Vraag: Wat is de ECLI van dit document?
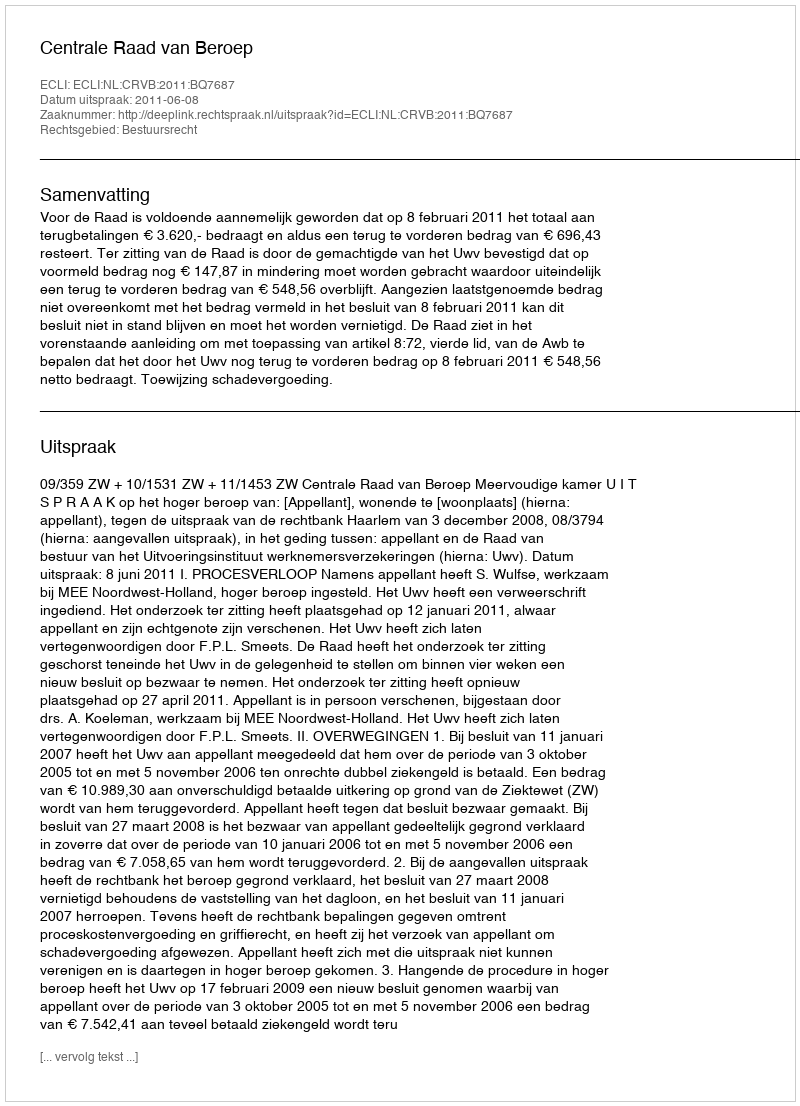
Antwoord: ECLI:NL:CRVB:2011:BQ7687